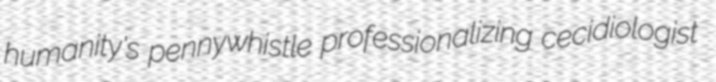
humanity's pennywhistle professionalizing cecidiologist